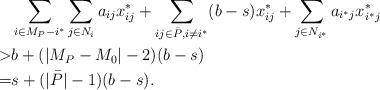
LaTeX: \begin{align*}& \sum_{i \in M_P - i^*} \sum_{j \in N_i} a_{ij} x^*_{ij} + \sum_{ij \in \bar P, i \neq i^*} (b-s) x^*_{ij} + \sum_{j \in N_{i^*}} a_{i^* j} x^*_{i^* j} \\> & b + (|M_P - M_0| - 2) (b-s)\\= & s + (|\bar P| - 1) (b-s).\end{align*}